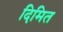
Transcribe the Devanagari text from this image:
दिमित